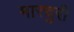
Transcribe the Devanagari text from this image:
मारचुरी